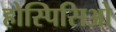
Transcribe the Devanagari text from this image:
होस्पिसिओ